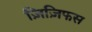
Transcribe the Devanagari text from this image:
ज़िज़िफस